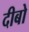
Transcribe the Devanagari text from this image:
दीबो